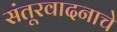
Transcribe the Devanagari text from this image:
संतूरवादनाचे